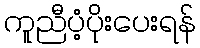
ကူညီပံ့ပိုးပေးရန်